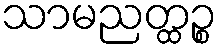
သာမညတ္ထဉ္စ